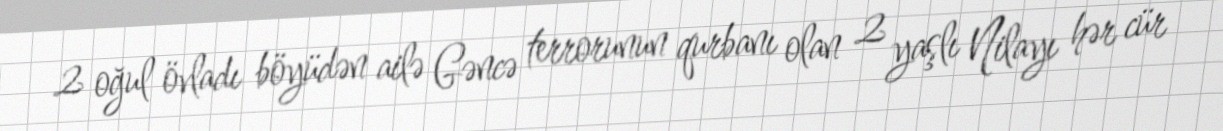
2 oğul övladı böyüdən ailə Gəncə terrorunun qurbanı olan 2 yaşlı Nilayı hər cür